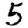
Digit: 5